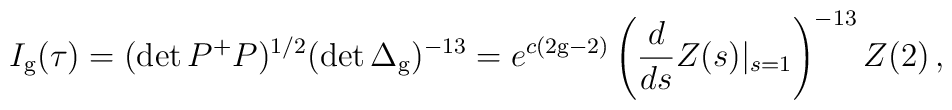
I_{\rm g}(\tau)=(\det P^+P)^{1/2}(\det\Delta_{\rm g})^{-13}=e^{c(2{\rm g}-2)}\left(\frac{d}{ds}Z(s)|_{s=1}\right)^{-13}Z(2)\,,